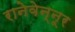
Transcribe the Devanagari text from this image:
रानेवेन्नूर